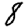
Digit: 8